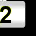
Digit: 2